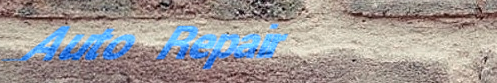
Auto Repair